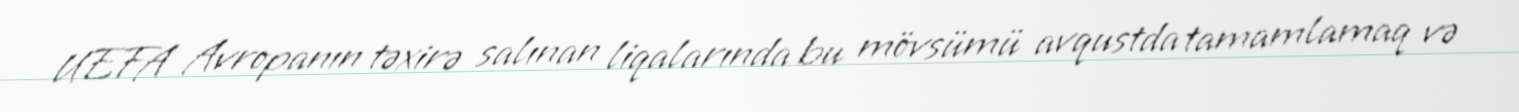
UEFA Avropanın təxirə salınan liqalarında bu mövsümü avqustda tamamlamaq və